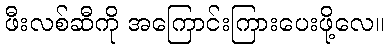
ဖီးလစ်ဆီကို အကြောင်းကြားပေးဖို့လေ။